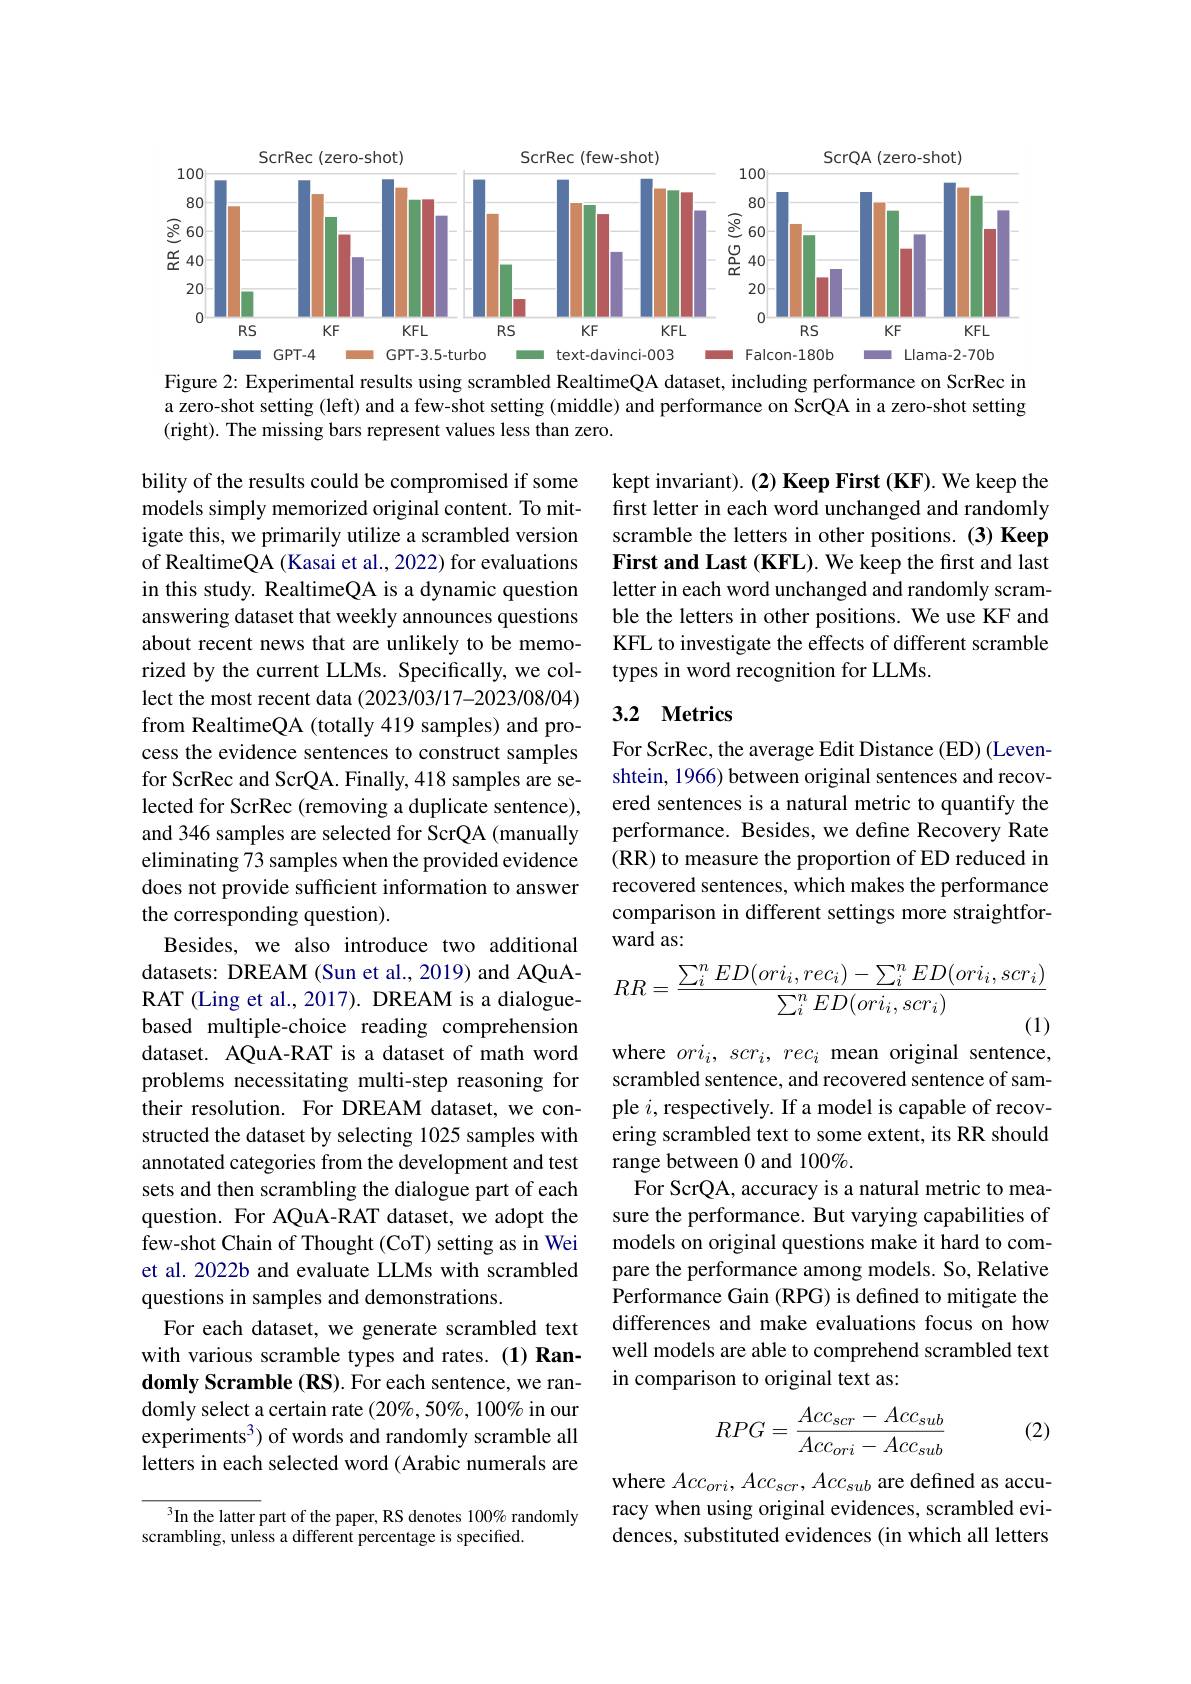
<FigureHere>

Figure 2: Experimental results using scrambled RealtimeQA dataset, including performance on ScrRec in a zero-shot setting (left) and a few-shot setting (middle) and performance on ScrQA in a zero-shot setting (right). The missing bars represent values less than zero.

kept invariant). (2) Keep First (KF). We keep the first letter in each word unchanged and randomly scramble the letters in other positions. (3) Keep First and Last (KFL). We keep the first and last letter in each word unchanged and randomly scramble the letters in other positions. We use KF and KFL to investigate the effects of different scramble types in word recognition for LLMs.

### 3.2 Metrics

For ScrRec, the average Edit Distance (ED) (Levenshtein, 1966) between original sentences and recovered sentences is a natural metric to quantify the performance. Besides, we define Recovery Rate (RR) to measure the proportion of ED reduced in recovered sentences, which makes the performance comparison in different settings more straightforward as:

bility of the results could be compromised if some models simply memorized original content. To mitigate this, we primarily utilize a scrambled version of RealtimeQA (Kasai et al., 2022) for evaluations in this study. RealtimeQA is a dynamic question answering dataset that weekly announces questions about recent news that are unlikely to be memorized by the current LLMs. Specifically, we collect the most recent data (2023/03/17-2023/08/04) from RealtimeQA (totally 419 samples) and process the evidence sentences to construct samples for ScrRec and ScrQA. Finally, 418 samples are selected for ScrRec (removing a duplicate sentence), and 346 samples are selected for ScrQA (manually eliminating 73 samples when the provided evidence does not provide sufficient information to answer the corresponding question).
Besides, we also introduce two additional datasets: DREAM (Sun et al., 2019) and AQuARAT (Ling et al., 2017). DREAM is a dialoguebased multiple-choice reading comprehension dataset. AQuA-RAT is a dataset of math word problems necessitating multi-step reasoning for their resolution. For DREAM dataset, we constructed the dataset by selecting 1025 samples with annotated categories from the development and test sets and then scrambling the dialogue part of each question. For AQuA-RAT dataset, we adopt the few-shot Chain of Thought (CoT) setting as in Wei et al. 2022b and evaluate LLMs with scrambled questions in samples and demonstrations.
For each dataset, we generate scrambled text with various scramble types and rates.(1) Randomly Scramble (RS). For each sentence, we randomly select a certain rate $(20\%,50\%,100\%$ in our experiments$^3)$ of words and randomly scramble all letters in each selected word (Arabic numerals are
$$RR=\frac{\sum_i^nED(ori_i,rec_i)-\sum_i^nED(ori_i,scr_i)}{\sum_i^nED(ori_i,scr_i)}$$
where $ori_i,scr_i,rec_i$ mean original sentence,

scrambled sentence, and recovered sentence of sample $i$, respectively. If a model is capable of recovering scrambled text to some extent, its RR should range between 0 and 100%.
For ScrQA, accuracy is a natural metric to measure the performance. But varying capabilities of models on original questions make it hard to compare the performance among models. So, Relative Performance Gain (RPG) is defined to mitigate the differences and make evaluations focus on how well models are able to comprehend scrambled text in comparison to original text as:
$$RPG=\frac{Acc_{scr}-Acc_{sub}}{Acc_{ori}-Acc_{sub}}$$
(2)

where $Acc_{ori},Acc_{scr},Acc_{sub}$ are defined as accuracy when using original evidences, scrambled evidences, substituted evidences (in which all letters

$^3$In the latter part of the paper, RS denotes 100% randomly
scrambling, unless a different percentage is specified.